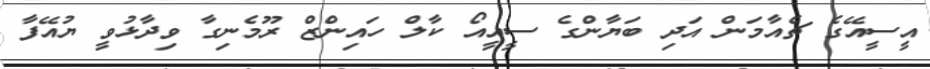
އީސީއޭގެ ޗެއާމަން އަދި ބަޔާންގެ ސީއީއޯ ކާލް ހައިންޒް ރޫމެނިގާ ވިދާޅުވީ ޔުއޭފާ